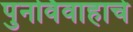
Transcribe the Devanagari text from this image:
पुनर्विवाहाचे